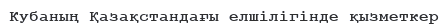
Кубаның Қазақстандағы елшілігінде қызметкер